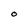
Character: O